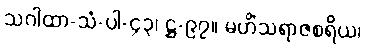
သဂါထာ-သံ-ပါ-၄၃၊ ဋ္ဌ-၉၇။ မဟိံသရာဇစရိယ၊